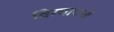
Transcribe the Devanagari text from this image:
विग्यापनों